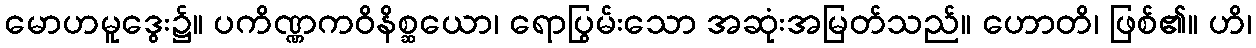
မောဟမူဒွေး၌။ ပကိဏ္ဏကဝိနိစ္ဆယော၊ ရောပြွမ်းသော အဆုံးအမြတ်သည်။ ဟောတိ၊ ဖြစ်၏။ ဟိ၊